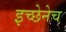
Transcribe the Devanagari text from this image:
इच्छेनेच